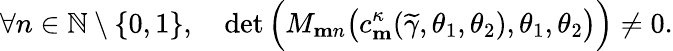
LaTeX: \forall n\in\mathbb{N}\setminus\{ 0,1\} ,\quad\operatorname*{det}\Big(M_{\mathbf{m}n}\big(c_{\mathbf{m}}^{\kappa}(\widetilde{\gamma},\theta_{1},\theta_{2}),\theta_{1},\theta_{2}\big)\Big)\neq 0.